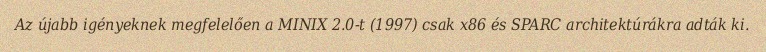
Az újabb igényeknek megfelelően a MINIX 2.0-t (1997) csak x86 és SPARC architektúrákra adták ki.